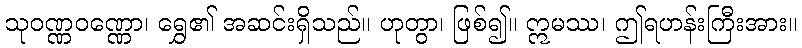
သုဝဏ္ဏဝဏ္ဏော၊ ရွှေ၏ အဆင်းရှိသည်။ ဟုတွာ၊ ဖြစ်၍။ ဣမဿ၊ ဤရဟန်းကြီးအား။